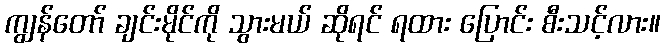
ကျွန်တော် ချင်းမိုင်ကို သွားမယ် ဆိုရင် ရထား ပြောင်း စီးသင့်လား။